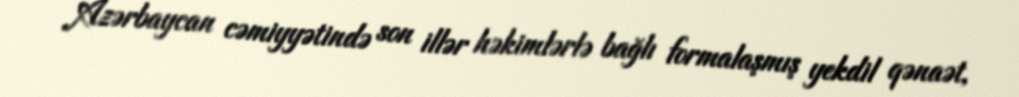
Azərbaycan cəmiyyətində son illər həkimlərlə bağlı formalaşmış yekdil qənaət,